Insane asylums Bombay 1873-77 - 1873-1877
Year: 1873
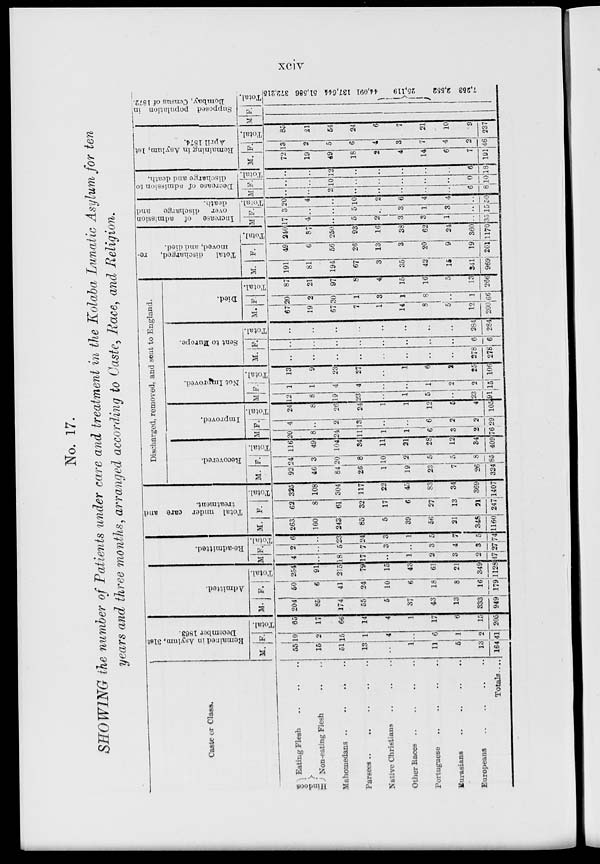
xciv
No. 17.
SHOWING the number of Patients under care and treatment in the Kolaba Lunatic Asylum for ten
years and three months, arranged according to Caste, Race, and Religion.
Caste or Class.
Hindoos
Eating Flesh
..
..
..
Non-eating Flesh .. .. ..
Mahomedans .. .. ..
Parsees
..
..
..
..
..
Native Christians .. .. ..
Other Races
..
..
..
..
Portuguese
..
..
..
..
Eurasians .. .. .. ..
Europeans
..
..
..
..
Totals ....
Remained in Asylum, 31st
December 1863.
M.
55
15
51
13
..
1
11
5
13
164
F.
10
2
15
1
4
..
6
1
2
41
Total.
65
17
66
14
4
1
17
6
15
205
Admitted.
M.
204
85
174
55
5
37
43
13
333
949
F.
50
6
41
24
10
6
18
8
16
179
Total.
254
91
215
79
15
43
61
21
349
1128
Re-admitted.
M.
4
..
18
17
..
1
2
3
2
47
F.
2
..
5
7
3
..
3
4
3
27
Total.
6
..
23
24
3
1
5
7
5
74
Total under care and
treatment.
M.
263
100
243
85
5
39
56
21
348
1160
F.
62
8
61
32
17
6
27
13
21
247
Total.
325
108
304
117
22
45
83
34
369
1407
Discharged, removed, and sent to England.
Recovered.
M.
92
46
84
26
1
19
23
7
26
324
F.
24
3
20
8
10
2
5
5
8
85
Total.
116
49
104
34
11
21
28
12
34
409
Improved.
M.
20
8
24
11
1
1
6
3
2
76
F.
4
..
2
13
..
..
6
2
2
29
Total.
24
8
26
24
1
1
12
5
4
105
Not Improved.
M
12
8
19
23
..
1
5
..
23
91
F.
1
1
4
4
..
..
1
2
2
15
Total.
13
9
23
27
..
1
6
2
25
106
Sent to Europe.
M.
..
..
..
..
..
..
..
..
278
278
F.
..
..
..
..
..
..
..
..
6
6
Total.
..
..
..
..
..
..
..
..
284
284
Died.
M.
67
19
67
7
1
14
8
5
12
200
F.
20
2
30
1
3
1
8
..
1
66
Total.
87
21
97
8
4
15
16
5
13
266
Total
discharged,
re-
moved, and died.
M.
191
81
194
67
3
35
42
15
341
969
F.
49
6
56
26
13
3
20
9
19
201
Total.
240
87
250
93
16
38
62
24
360
1170
Increase of admission
over discharge
and
death.
M
17
4
..
5
2
3
3
1
..
35
F.
3
..
..
5
..
3
1
3
..
15
Total.
20
4
..
10
2
6
4
4
..
50
Decrease of admission to
discharge and death.
M
..
..
2
..
..
..
..
..
6
8
F.
..
..
10
..
..
..
..
..
0
10
Total.
..
..
12
..
..
..
..
..
6
18
Remaining in Asylum, 1st
April 1874.
M.
72
19
49
18
2
4
14
6
7
191
F.
13
2
5
6
4
3
7
4
2
46
Total.
85
21
54
24
6
7
21
10
9
237
Supposed population in
Bombay,
Census of 1872.
M. F.
Total.
372,215
51,586
137,644
44,091
25,119
2,552
7,253